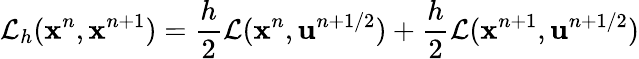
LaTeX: \mathcal{L}_{h}(\mathbf{x}^{n},\mathbf{x}^{n+1})=\frac h2\mathcal{L}(\mathbf{x}^{n},\mathbf{u}^{n+1/2})+\frac h2\mathcal{L}(\mathbf{x}^{n+1},\mathbf{u}^{n+1/2})